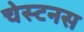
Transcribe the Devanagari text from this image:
चेस्टनस